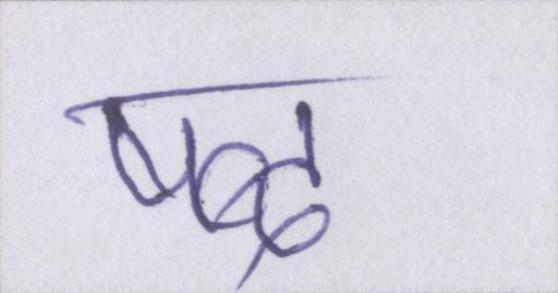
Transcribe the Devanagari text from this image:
षब्द